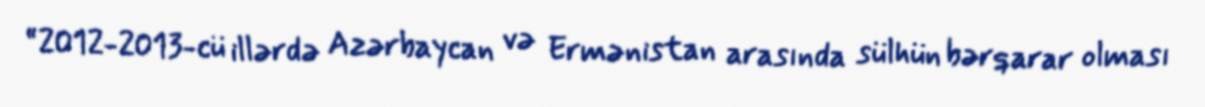
“2012-2013-cü illərdə Azərbaycan və Ermənistan arasında sülhün bərqarar olması